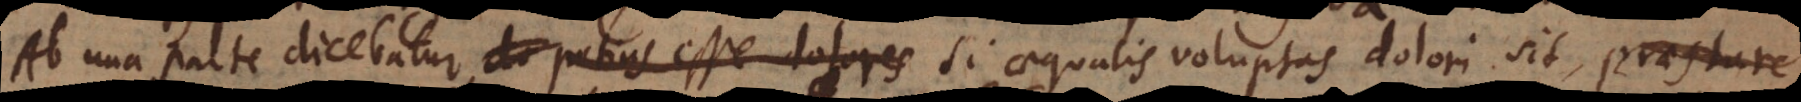
Ab una parte dicebatur, do potius esse dolores si aequalis voluptas dolori sit, praestare